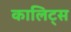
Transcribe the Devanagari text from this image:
कालिट्स